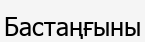
Бастаңғыны